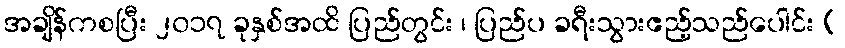
အချိန်ကစပြီး ၂၀၁၇ ခုနှစ်အထိ ပြည်တွင်း ၊ ပြည်ပ ခရီးသွားဧည့်သည်ပေါင်း (